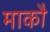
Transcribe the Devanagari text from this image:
माकौ